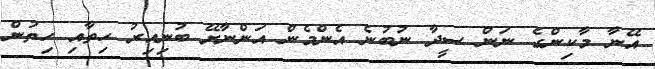
އޭނާ މާކިންގެ ނަން ސީދާ ނުބުނެ އެންމެން އަންނާށޭ ބުނިއިރު ހިތާއި ހިތުން